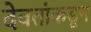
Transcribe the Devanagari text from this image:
देवतांकडून